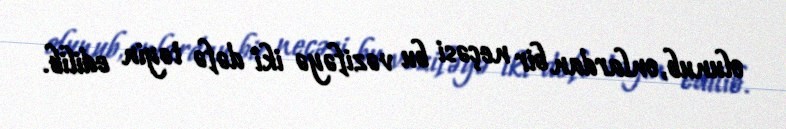
olunub, onlardan bir neçəsi bu vəzifəyə iki dəfə təyin edilib.